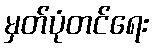
မှတ်ပုံတင်ရေး